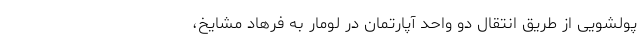
پولشویی از طریق انتقال دو واحد آپارتمان در لومار به فرهاد مشایخ،